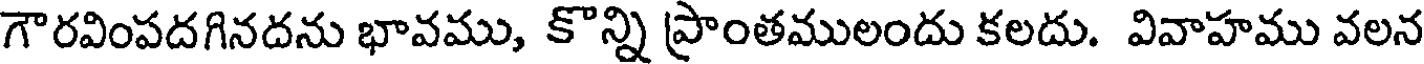
గౌరవింపదగినదను భావము, కొన్ని ప్రాంతములందు కలదు. వివాహము వలన